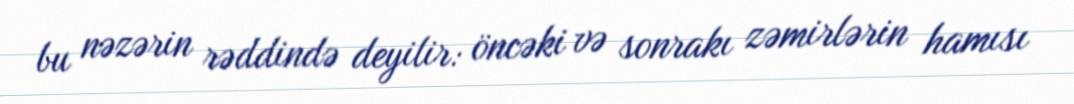
bu nəzərin rəddində deyilir: öncəki və sonrakı zəmirlərin hamısı